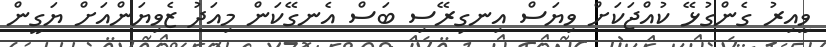
ވީއިރު ގެންގުޅޭ ކުއްޖަކަށް ވިޔަސް އިނގިރޭސި ބަސް އެނގޭކަން މިއަދު ޒެވިޔަންއަށް ޔަގީން